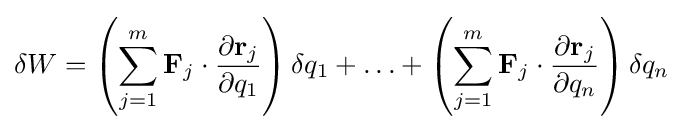
\delta W=\left(\sum _{j=1}^{m}\mathbf {F} _{j}\cdot {\frac {\partial \mathbf {r} _{j}}{\partial q_{1}}}\right)\delta {q}_{1}+\ldots +\left(\sum _{j=1}^{m}\mathbf {F} _{j}\cdot {\frac {\partial \mathbf {r} _{j}}{\partial q_{n}}}\right)\delta {q}_{n}